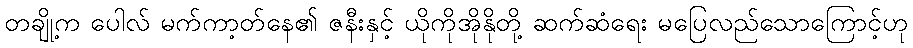
တချို့က ပေါလ် မက်ကာ့တ်နေ၏ ဇနီးနှင့် ယိုကိုအိုနိုတို့ ဆက်ဆံရေး မပြေလည်သောကြောင့်ဟု